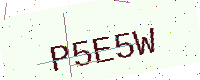
Text: P5E5W